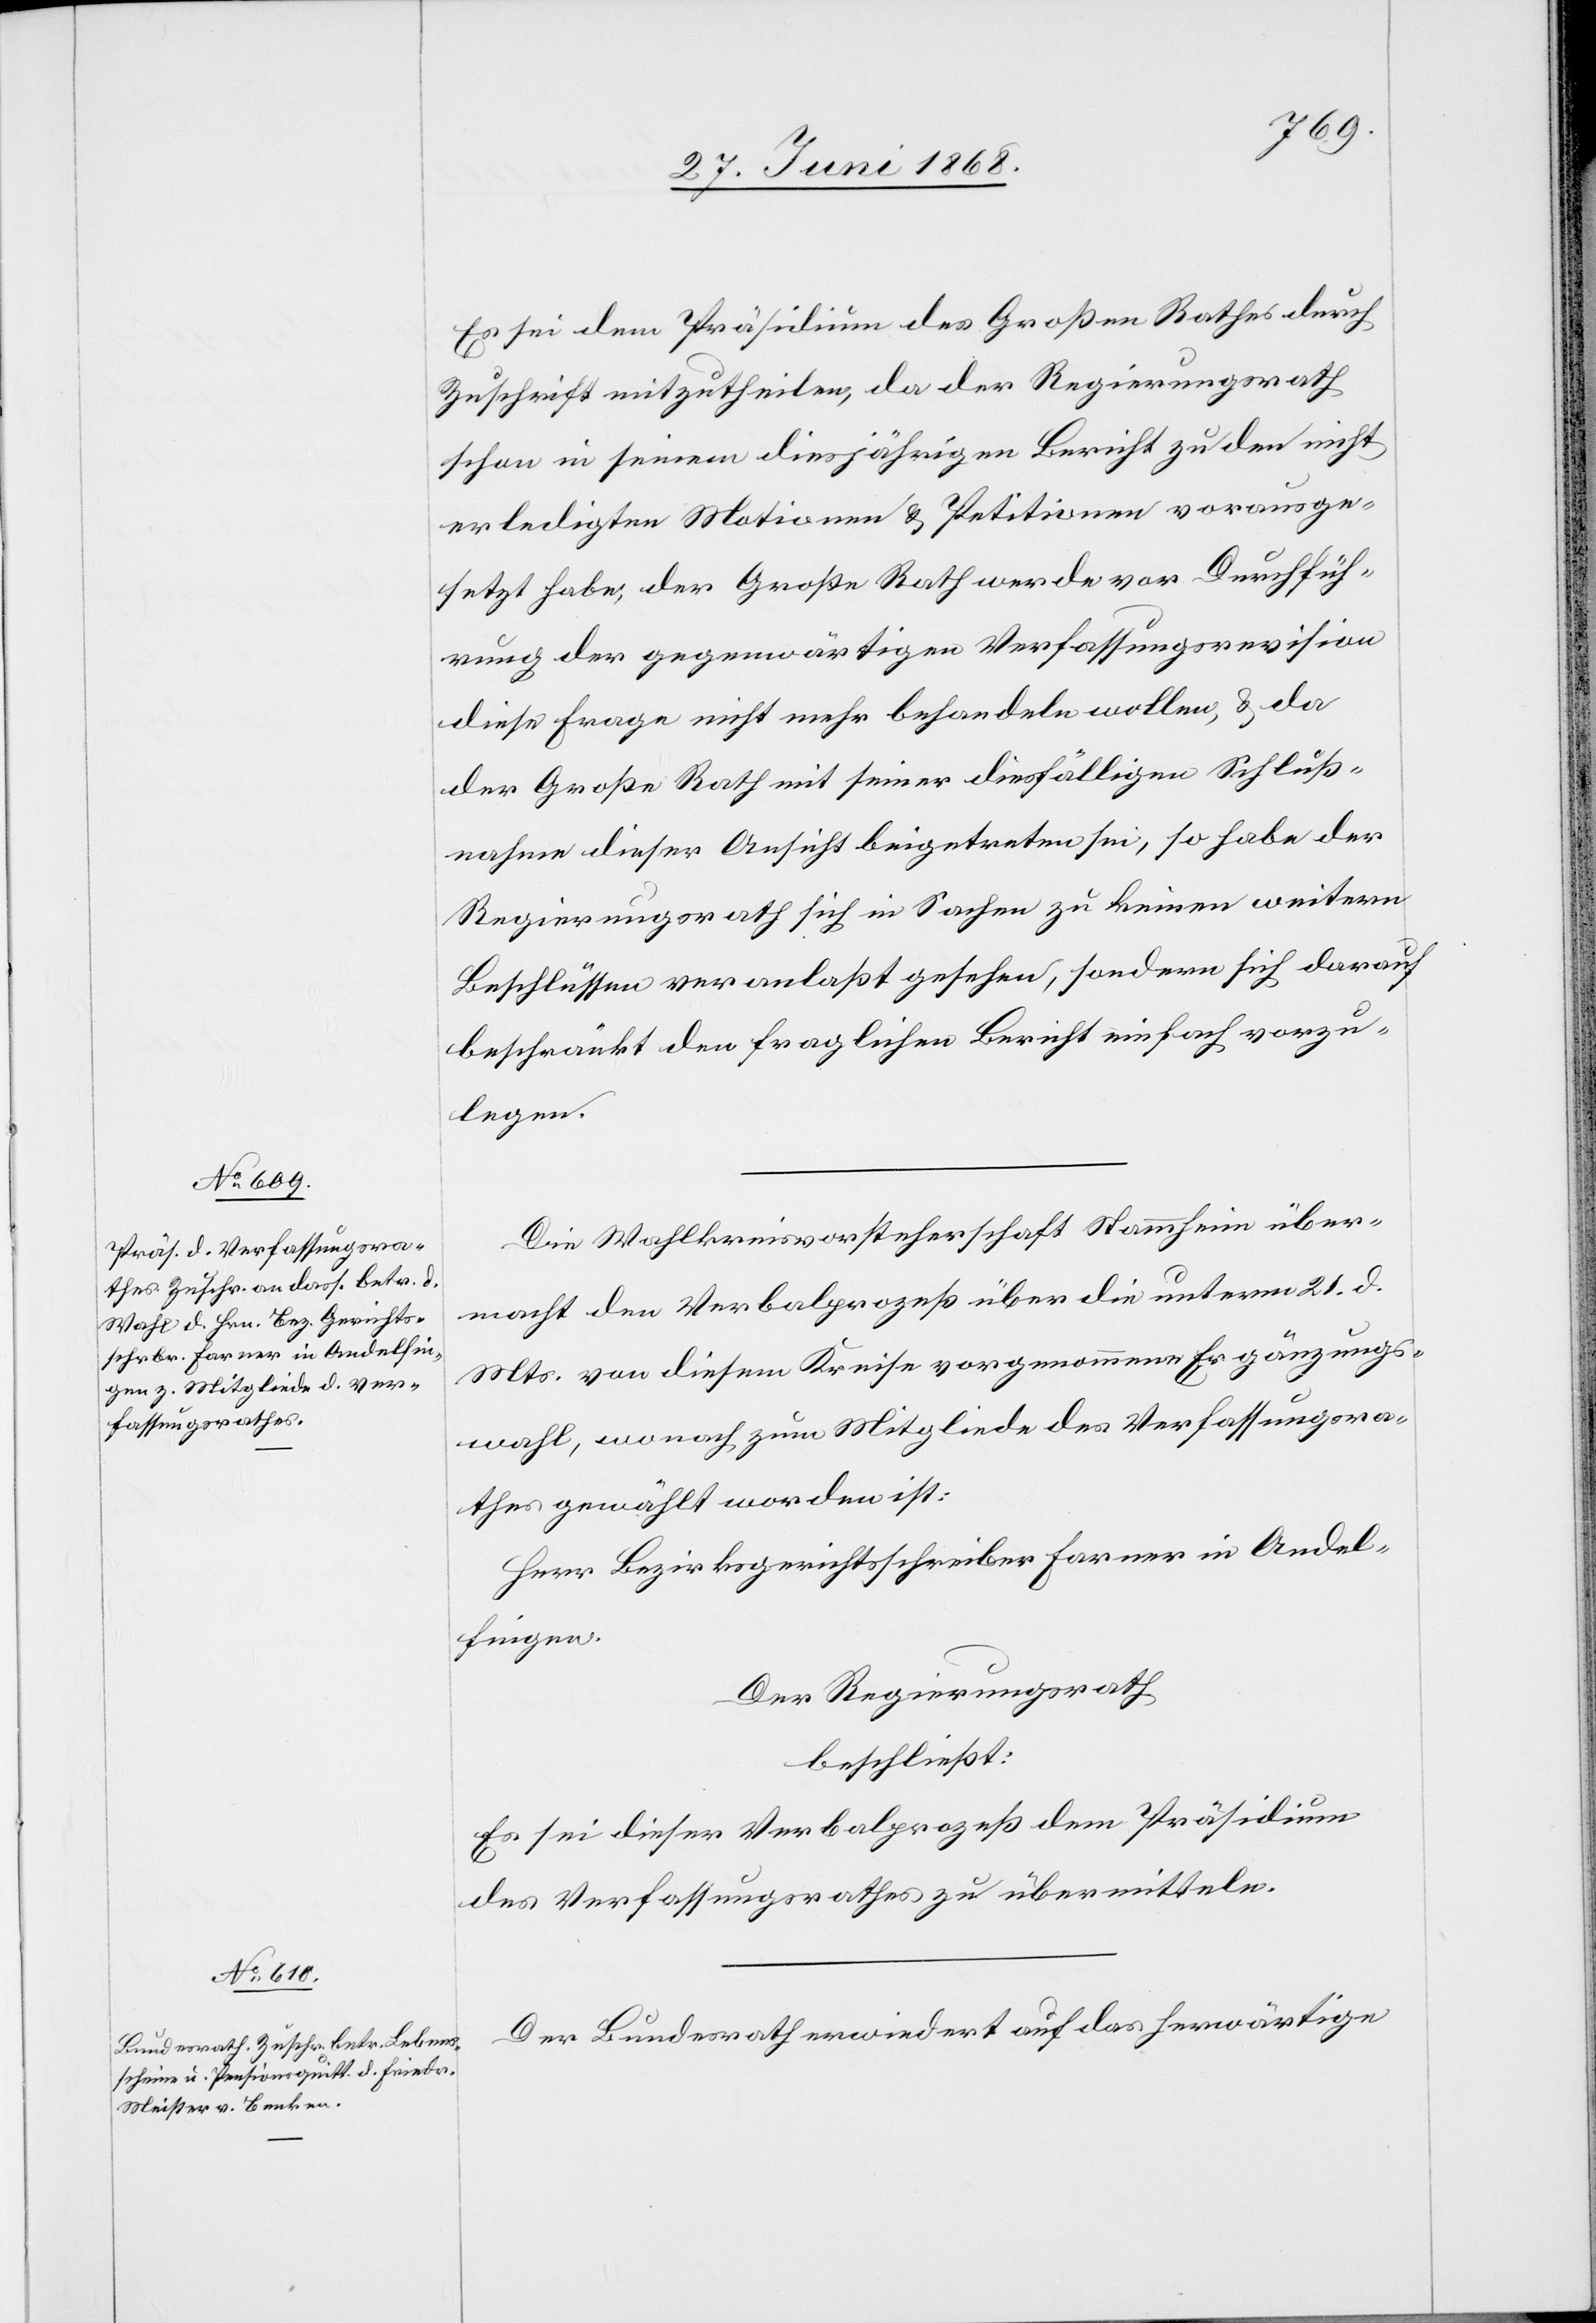
Es sei dem Präsidium des Großen Rathes durch
Zuschrift mitzutheilen, da der Regierungsrath
schon in seinem diesjährigen Bericht zu den nicht
erledigten Motionen & Petitionen vorausge¬
setzt habe, der Große Rath werde vor Durchfüh¬
rung der gegenwärtigen Verfassungsrevision
diese Frage nicht mehr behandeln wollen, & da
der Große Rath mit seiner diesfälligen Schluß¬
nahme dieser Ansicht beigetreten sei, so habe der
Regierungsrath sich in Sachen zu keinen weitern
Beschlüssen veranlaßt gesehen, sondern sich darauf
beschränkt den fraglichen Bericht einfach vorzu¬
legen.
Die Wahlkreisvorsteherschaft Stammheim über¬
macht den Verbalprozeß über die unterm 21. d.
Mts. von diesem Kreise vorgenommene Ergänzungs¬
wahl, wonach zum Mitgliede des Verfassungsra¬
thes gewählt worden ist:
Herr Bezirksgerichtsschreiber Farner in Andel¬
fingen.
Der Regierungsrath
beschließt:
Es sei dieser Verbalprozeß dem Präsidium
des Verfassungsrathes zu übermitteln.
Der Bundesrath erwiedert auf das herwärtige